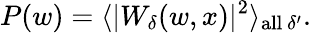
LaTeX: P(w)=\langle|W_{\delta}(w,x)|^{2}\rangle_{\mathrm{all}\ \delta^{\prime}}.